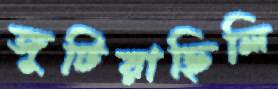
জুটিয়াছিলি